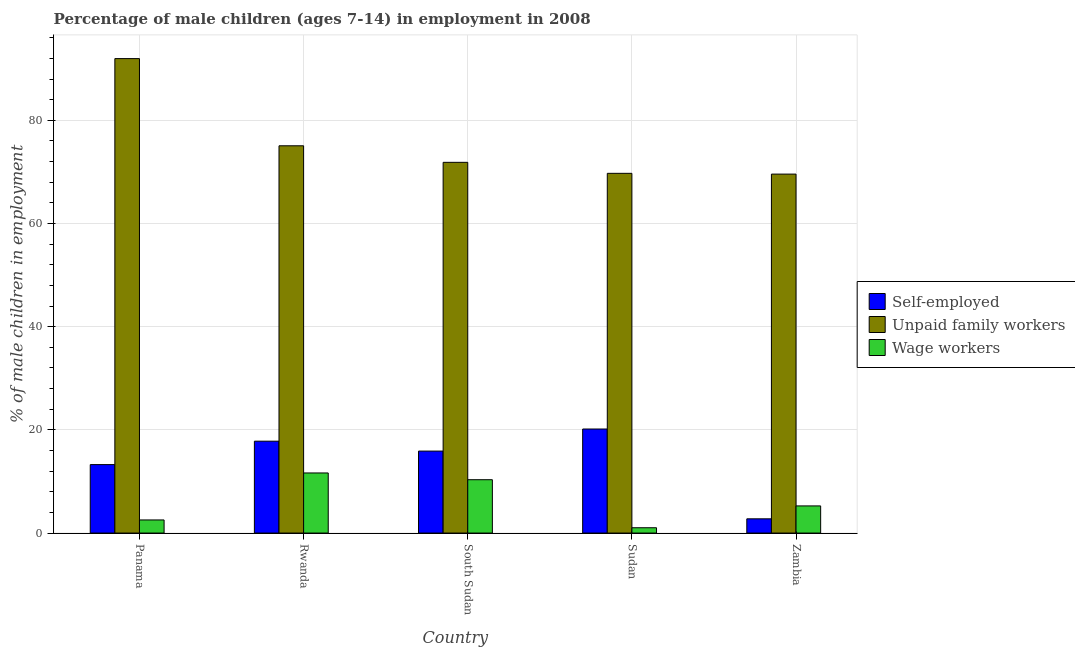
| Country | Self-employed | Unpaid family workers | Wage workers |
 | --- | --- | --- | --- |
 | Panama | 13.3 | 92 | 2.54 |
 | Rwanda | 17.8 | 75.1 | 11.7 |
 | South Sudan | 15.9 | 71.9 | 10.3 |
 | Sudan | 20.2 | 69.7 | 1.03 |
 | Zambia | 2.76 | 69.6 | 5.26 |